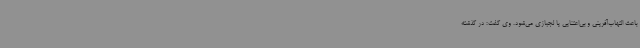
باعث التهاب‌آفرینی و بی‌اعتنایی یا لجبازی می‌شود. وی گفت: در گذشته